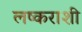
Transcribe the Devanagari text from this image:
लष्कराशी